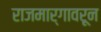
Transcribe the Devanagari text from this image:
राजमार्गावरून